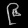
Digit: ၉